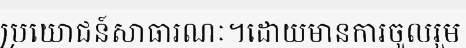
ប្រយោជន៍សាធារណៈ។ដោយមានការចូលរួម